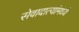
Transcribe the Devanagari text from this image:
सेवादात्यांमध्ये